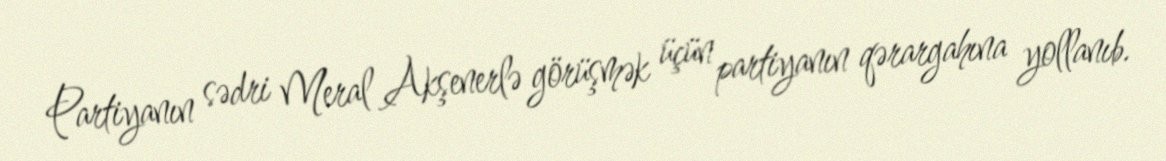
Partiyanın sədri Meral Akşenerlə görüşmək üçün partiyanın qərargahına yollanıb.